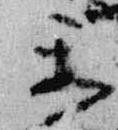
楽